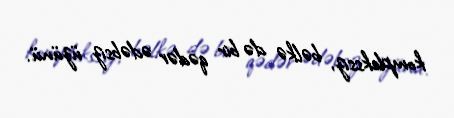
komplekssiz, bəlkə də bir qədər ədəbsiz üzünü.